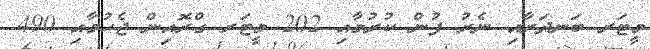
މީޓަރ ބަނދަރާއި ނެރު ފުން ކުރުމާއި 202 މީޓަރ ގްރޮއިން ޖެހުމާއި 490